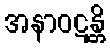
အနာဝဋန္တိ